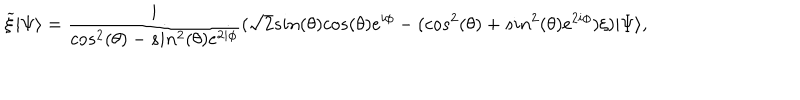
{ \widetilde \xi } | \Psi \rangle = \frac { i } { c o s ^ { 2 } ( \theta ) - s i n ^ { 2 } ( \theta ) e ^ { 2 i \phi } } ( \sqrt { 2 } s i n ( \theta ) c o s ( \theta ) e ^ { i \phi } - ( c o s ^ { 2 } ( \theta ) + s i n ^ { 2 } ( \theta ) e ^ { 2 i \phi } ) \xi ) | \Psi \rangle ,